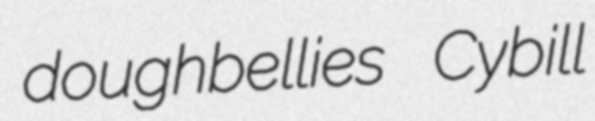
doughbellies Cybill